Scottish Certificate of Education, 1963
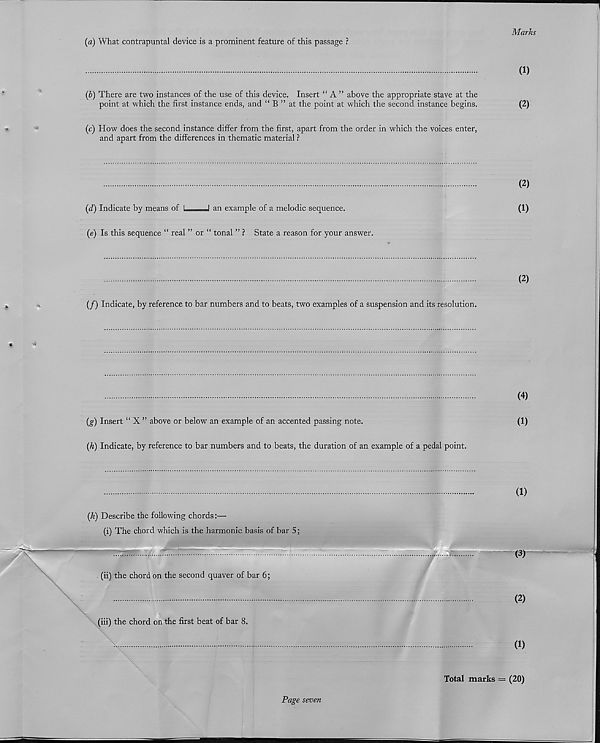
Marks
(а) What contrapuntal device is a prominent feature of this passage ?
(1)
(б) There are two instances of the use of this device. Insert “ A ” above the appropriate stave at the
point at which the first instance ends, and “ B ” at the point at which the second instance begins.
(2)
(c) How does the second instance differ from the first, apart from the order in which the voices enter,
and apart from the differences in thematic material ?
(2)
(d) Indicate by means of 1
1 an example of a melodic sequence.
(I)
(e) Is this sequence “ real ” or “ tonal ” ? State a reason for your answer.
(2)
(/) Indicate, by reference to bar numbers and to beats, two examples of a suspension and its resolution.
(4)
(g) Insert “ X ” above or below an example of an accented passing note.
(1)
(h) Indicate, by reference to bar numbers and to beats, the duration of an example of a pedal point.
(k) Describe the following chords:—
(i) The chord which is the harmonic basis of bar 5
(ii) the chord on the second quaver of bar 6;
^
(1)
(2)
(1)
Total marks = (20)
Page seven